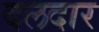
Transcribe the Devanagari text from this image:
दलदार